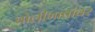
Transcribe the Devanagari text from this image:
बोलीभाषांवर